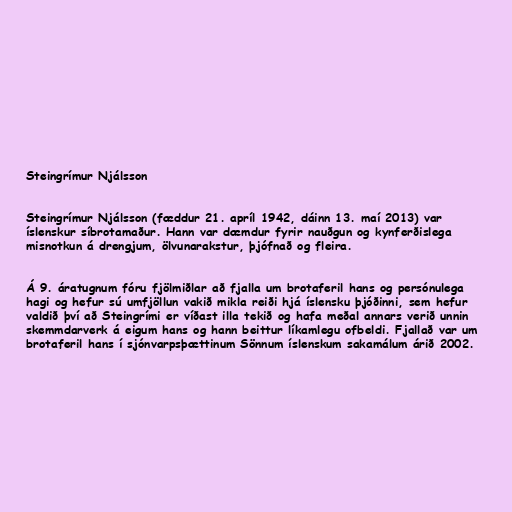
Steingrímur Njálsson

Steingrímur Njálsson (fæddur 21. apríl 1942, dáinn 13. maí 2013) var
íslenskur síbrotamaður. Hann var dæmdur fyrir nauðgun og kynferðislega
misnotkun á drengjum, ölvunarakstur, þjófnað og fleira.

Á 9. áratugnum fóru fjölmiðlar að fjalla um brotaferil hans og persónulega
hagi og hefur sú umfjöllun vakið mikla reiði hjá íslensku þjóðinni, sem hefur
valdið því að Steingrími er víðast illa tekið og hafa meðal annars verið unnin
skemmdarverk á eigum hans og hann beittur líkamlegu ofbeldi. Fjallað var um
brotaferil hans í sjónvarpsþættinum Sönnum íslenskum sakamálum árið 2002.